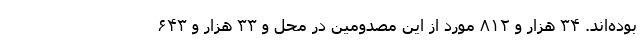
بوده‌اند. ۳۴ هزار و ۸۱۲ مورد از این مصدومین در محل و ۳۳ هزار و ۶۴۳